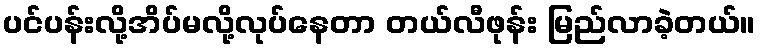
ပင်ပန်းလို့အိပ်မလို့လုပ်နေတာ တယ်လီဖုန်း မြည်လာခဲ့တယ်။